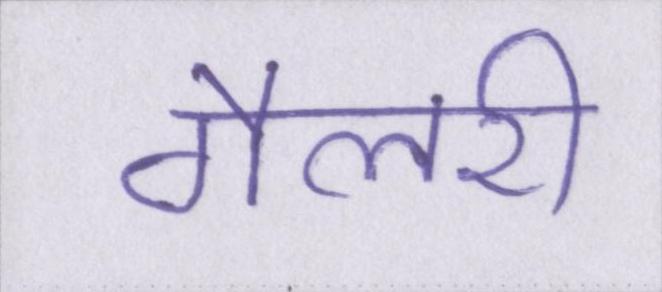
गैलरी